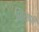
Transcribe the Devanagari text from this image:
शिरणी